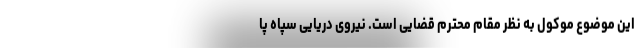
این موضوع موکول به نظر مقام محترم قضایی است. نیروی دریایی سپاه پا